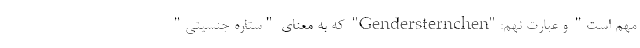
مهم است" و عبارت نهم:"Gendersternchen" که به معنای "ستاره جنسیتی"